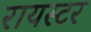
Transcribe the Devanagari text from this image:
रायस्टर